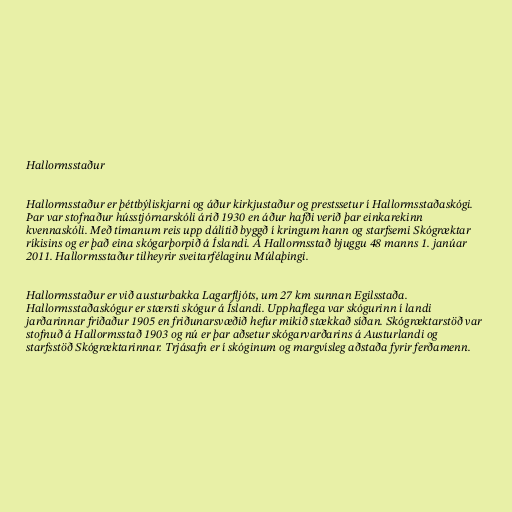
Hallormsstaður

Hallormsstaður er þéttbýliskjarni og áður kirkjustaður og prestssetur í Hallormsstaðaskógi.
Þar var stofnaður hússtjórnarskóli árið 1930 en áður hafði verið þar einkarekinn
kvennaskóli. Með tímanum reis upp dálítið byggð í kringum hann og starfsemi Skógræktar
ríkisins og er það eina skógarþorpið á Íslandi. Á Hallormsstað bjuggu 48 manns 1. janúar
2011. Hallormsstaður tilheyrir sveitarfélaginu Múlaþingi.

Hallormsstaður er við austurbakka Lagarfljóts, um 27 km sunnan Egilsstaða.
Hallormsstaðaskógur er stærsti skógur á Íslandi. Upphaflega var skógurinn í landi
jarðarinnar friðaður 1905 en friðunarsvæðið hefur mikið stækkað síðan. Skógræktarstöð var
stofnuð á Hallormsstað 1903 og nú er þar aðsetur skógarvarðarins á Austurlandi og
starfsstöð Skógræktarinnar. Trjásafn er í skóginum og margvísleg aðstaða fyrir ferðamenn.